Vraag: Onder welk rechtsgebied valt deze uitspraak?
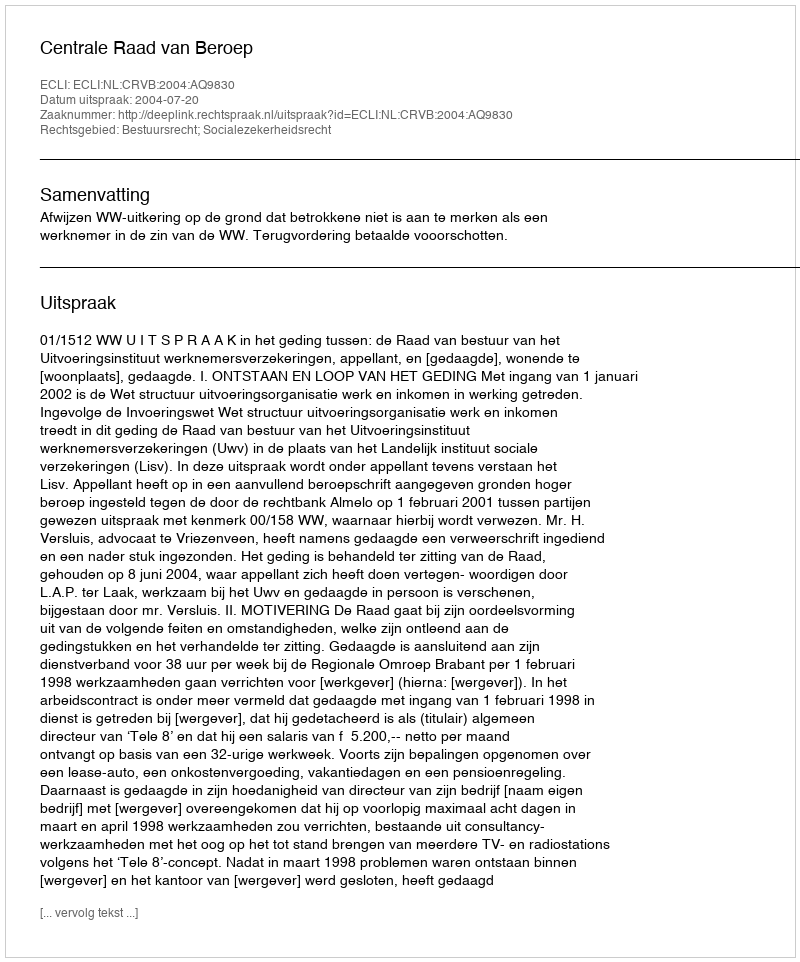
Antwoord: Bestuursrecht; Socialezekerheidsrecht